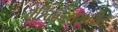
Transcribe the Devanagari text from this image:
वैश्विकस्तरावरील